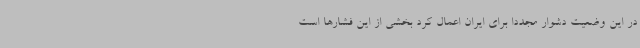
در این وضعیت دشوار مجددا برای ایران اعمال کرد بخشی از این فشارها است